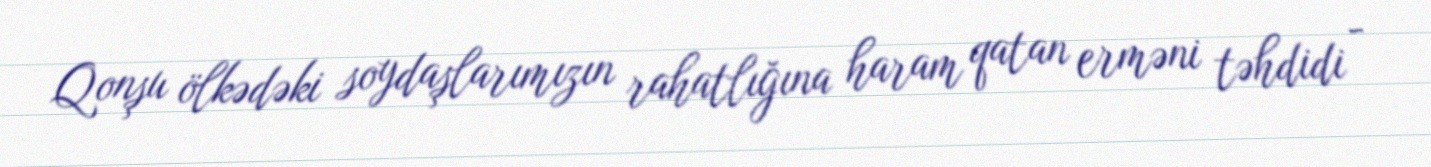
Qonşu ölkədəki soydaşlarımızın rahatlığına haram qatan erməni təhdidi -